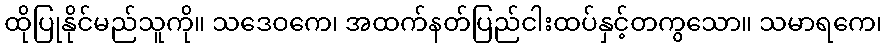
ထိုပြုနိုင်မည်သူကို။ သဒေဝကေ၊ အထက်နတ်ပြည်ငါးထပ်နှင့်တကွသော။ သမာရကေ၊